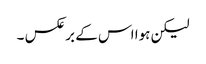
لیکن ہوا اس کے برعکس ۔